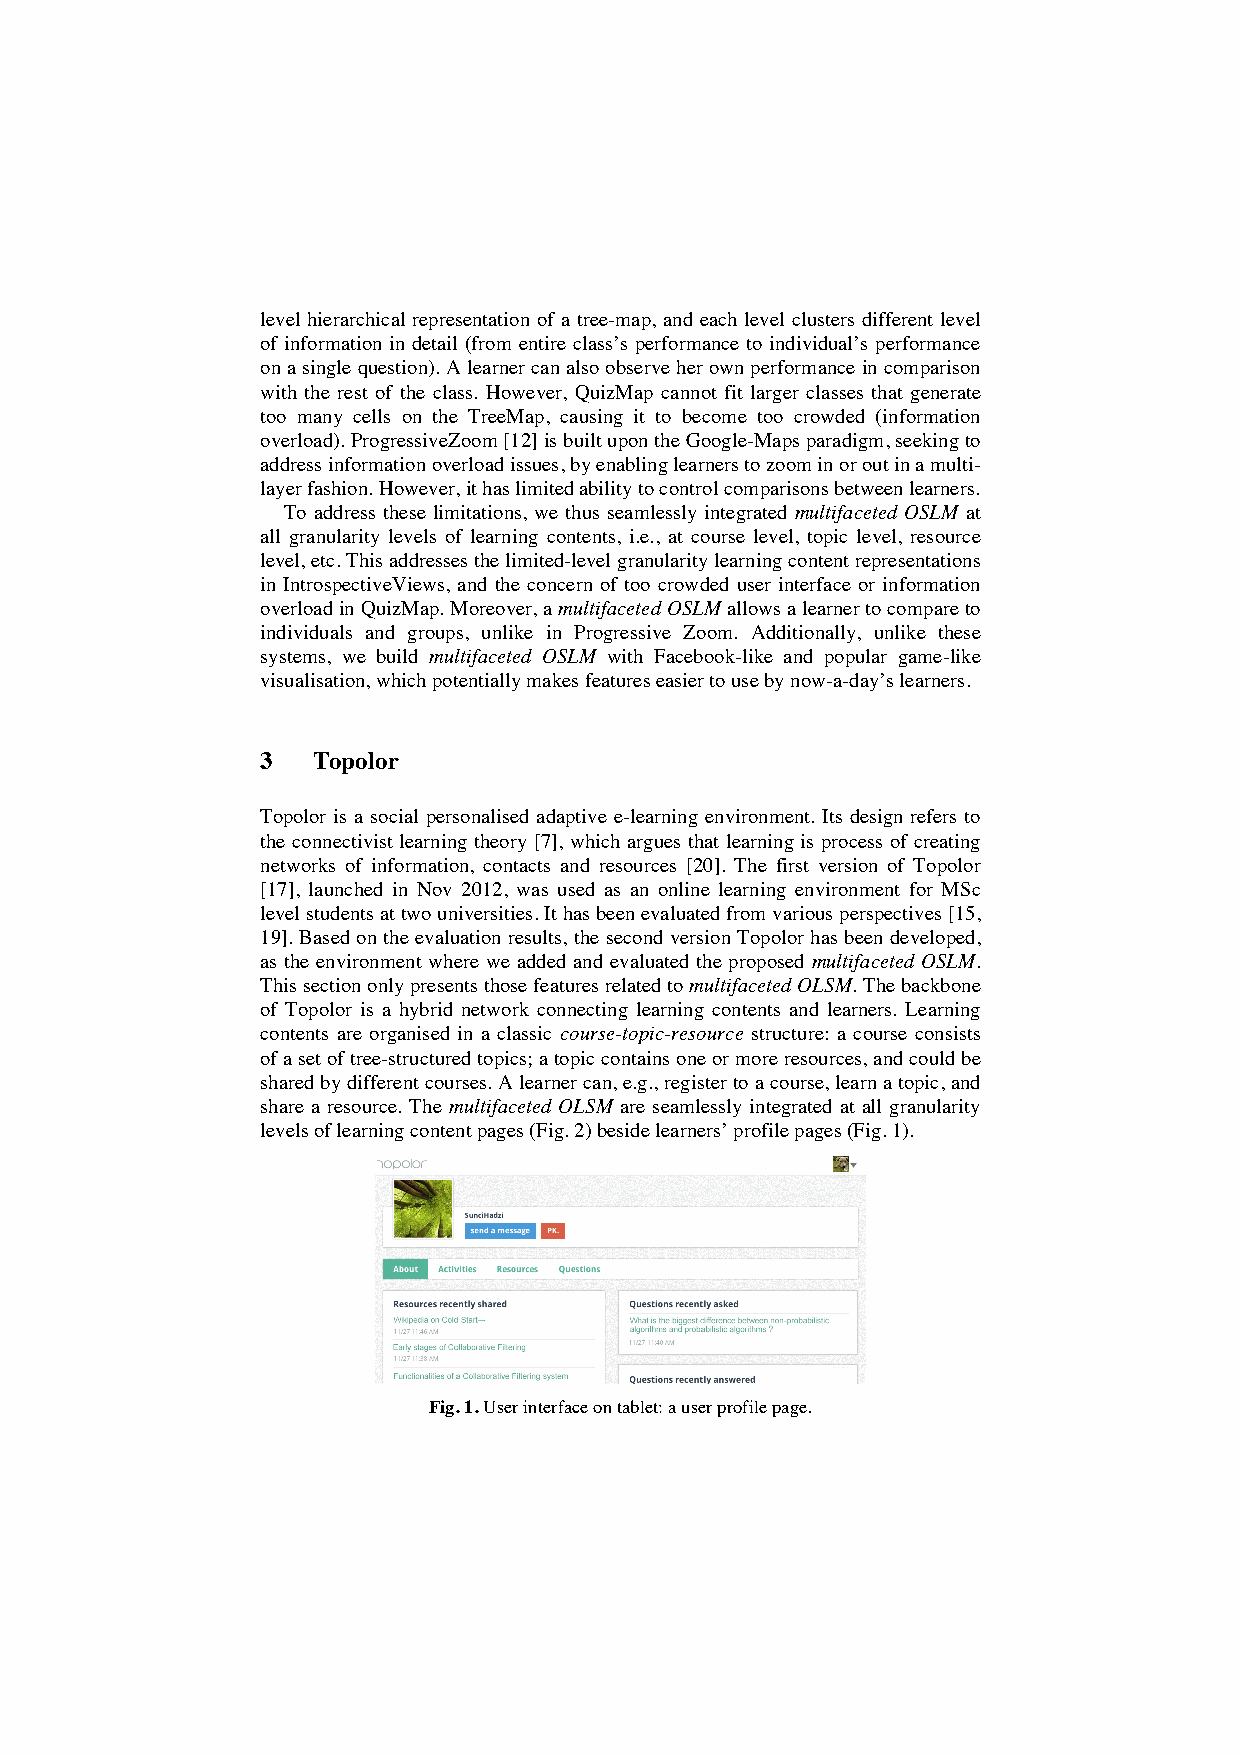
level hierarchical representation of a tree-map, and each level clusters different level
 of information in detail (from entire class’s performance to individual’s performance
 on a single question). A learner can also observe her own performance in comparison
 with the rest of the class. However, QuizMap cannot fit larger classes that generate
 too many cells on the TreeMap, causing it to become too crowded (information
 overload). ProgressiveZoom [12] is built upon the Google-Maps paradigm, seeking to
 address information overload issues, by enabling learners to zoom in or out in a multi-
 layer fashion. However, it has limited ability to control comparisons between learners.
 To address these limitations, we thus seamlessly integrated multifaceted OSLM at
 all granularity levels of learning contents, i.e., at course level, topic level, resource
 level, etc. This addresses the limited-level granularity learning content representations
 in IntrospectiveViews, and the concern of too crowded user interface or information
 overload in QuizMap. Moreover, a multifaceted OSLM allows a learner to compare to
 individuals and groups, unlike in Progressive Zoom. Additionally, unlike these
 systems, we build multifaceted OSLM with Facebook-like and popular game-like
 visualisation, which potentially makes features easier to use by now-a-day’s learners.
 3   Topolor
 Topolor is a social personalised adaptive e-learning environment. Its design refers to
 the connectivist learning theory [7], which argues that learning is process of creating
 networks of information, contacts and resources [20]. The first version of Topolor
 [17], launched in Nov 2012, was used as an online learning environment for MSc
 level students at two universities. It has been evaluated from various perspectives [15,
 19]. Based on the evaluation results, the second version Topolor has been developed,
 as the environment where we added and evaluated the proposed multifaceted OSLM.
 This section only presents those features related to multifaceted OLSM. The backbone
 of Topolor is a hybrid network connecting learning contents and learners. Learning
 contents are organised in a classic course-topic-resource structure: a course consists
 of a set of tree-structured topics; a topic contains one or more resources, and could be
 shared by different courses. A learner can, e.g., register to a course, learn a topic, and
 share a resource. The multifaceted OLSM are seamlessly integrated at all granularity
 levels of learning content pages (Fig. 2) beside learners’ profile pages (Fig. 1).
 Fig. 1. User interface on tablet: a user profile page.